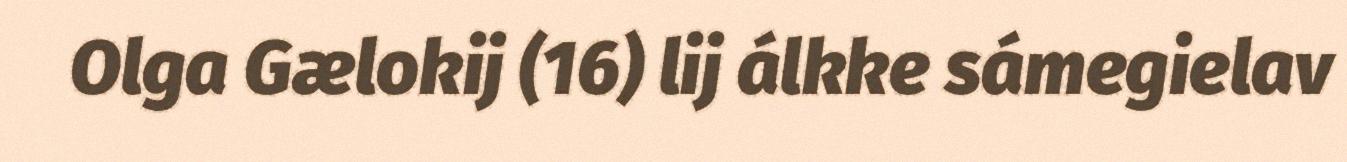
Olga Gælokij (16) lij álkke sámegielav